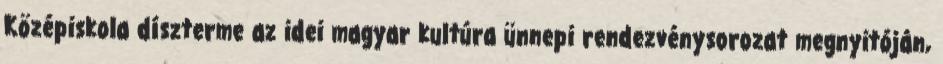
Középiskola díszterme az idei magyar kultúra ünnepi rendezvénysorozat megnyitóján,